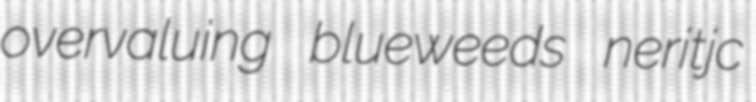
overvaluing blueweeds neritjc